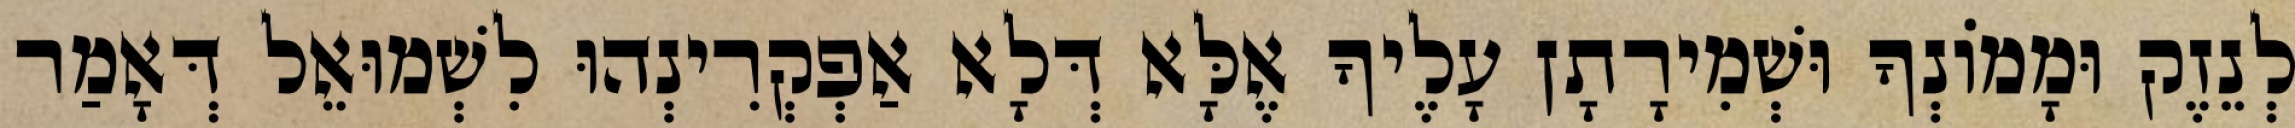
לְנֵזֶק וּמָמוֹנְךָ וּשְׁמִירָתָן עָלֶיךָ אֶלָּא דְּלָא אַפְקְרִינְהוּ לִשְׁמוּאֵל דְּאָמַר